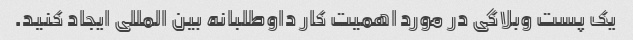
یک پست وبلاگی در مورد اهمیت کار داوطلبانه بین المللی ایجاد کنید.